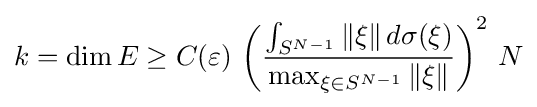
k=\dim E\geq C(\varepsilon )\,\left({\frac {\int _{S^{N-1}}\|\xi \|\,d\sigma (\xi )}{\max _{\xi \in S^{N-1}}\|\xi \|}}\right)^{2}\,N